Leaving Certificate Examination (including Day School Certificate (Higher) General paper), 1931
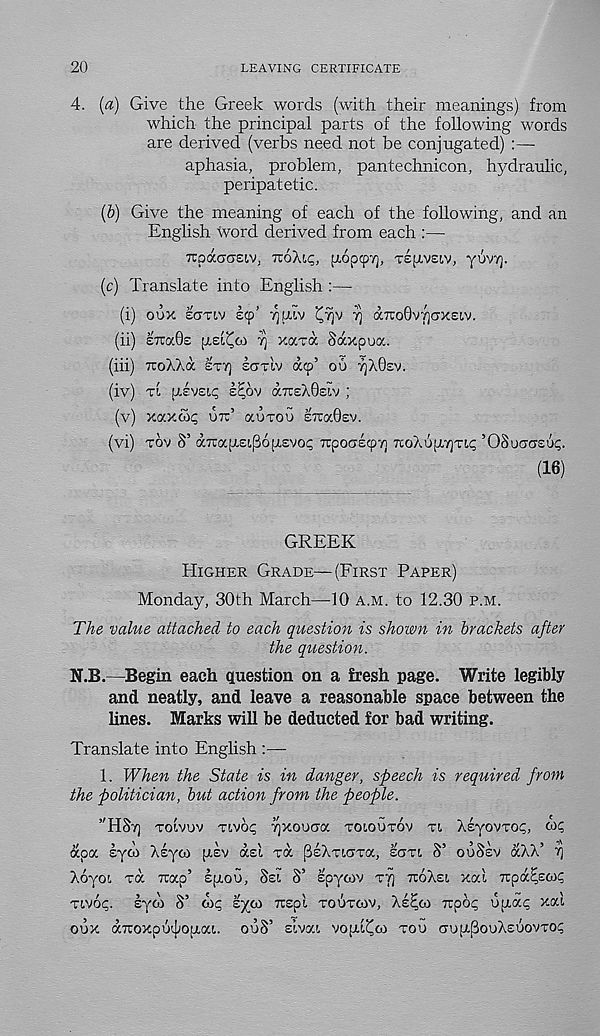
20
LEAVING CERTIFICATE
4. [a) Give the Greek words (with their meanings) from
which the principal parts of the following words
are derived (verbs need not be conjugated) :—
aphasia, problem, pantechnicon, hydraulic,
peripatetic.
(6) Give the meaning of each of the following, and an
English word derived from each :—
7rpacT(J£i,v, ruoAu;, pioptpT], Tspivsiv, yovyj.
(c) Translate into English :—
(i) oux EOTiv scp’
T) a7ro6v7]ox£t,v.
(ii) ITTOCOS
Y] xava Saxpuoc.
(hi) TToXAa ET7) EOTIV a<p’ OU 7]X0£V.
(iv) TL UEVEip s^ov aTCEXQsiv ;
(v) xaxfix; ox’ auvou ETCKOEV.
(vi) xov S’ a7i:ap.£i,(36u£vo<; irpooE^Ti TCoXujjLyjTi.^ ’OSuoasu?.
(16)
GREEK
HIGHER GRADE—(FIRST PAPER)
Monday, 30th March—10 A.M. to 12.30 P.M.
The value attached to each question is shown in brackets after
the question.
N.B.—Begin each question on a fresh page. Write legibly
and neatly, and leave a reasonable space between the
lines. Marks will be deducted for bad writing.
Translate into English :—
1. When the State is in danger, speech is required from
the politician, but action from the people.
’'HSTJ TOIVUV Two*; i)xoucra TOIOUTOV rt, XEyovrot;,
Xoyo:, xa Trap’ £p.oG, SEI S’ spycov TT) TTOXE!. xai Trpa^Etoc;
Tivop. syoi S’ Si? £}(CO Trspl TOUTGIV, XE^GI Tipo? opa? xai
oox aTroxpu^opat.. ouS’ sivat
TOU oopSouXsuovTO?